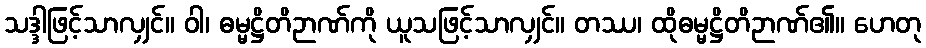
သဒ္ဒါဖြင့်သာလျှင်။ ဝါ၊ ဓမ္မဋ္ဌိတိဉာဏ်ကို ယူသဖြင့်သာလျှင်။ တဿ၊ ထိုဓမ္မဋ္ဌိတိဉာဏ်၏။ ဟေတု